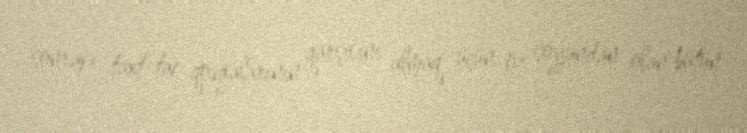
sonrakı taxt-tac qovğalarının qarşısını almaq üçün öz soyundan olan bütün